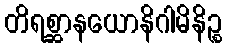
တိရစ္ဆာနယောနိဂါမိနိဉ္စ